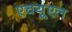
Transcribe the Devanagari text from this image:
एचयूएल